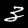
Label: 3